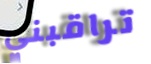
تراقبني